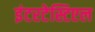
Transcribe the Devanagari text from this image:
इंटरटेस्टिएल